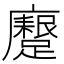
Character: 𮜟